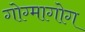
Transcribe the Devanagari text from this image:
गोग्मागोग